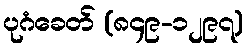
ပုဂံခေတ် (၈၄၉-၁၂၉၇)